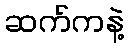
ဆက်ကနဲ့